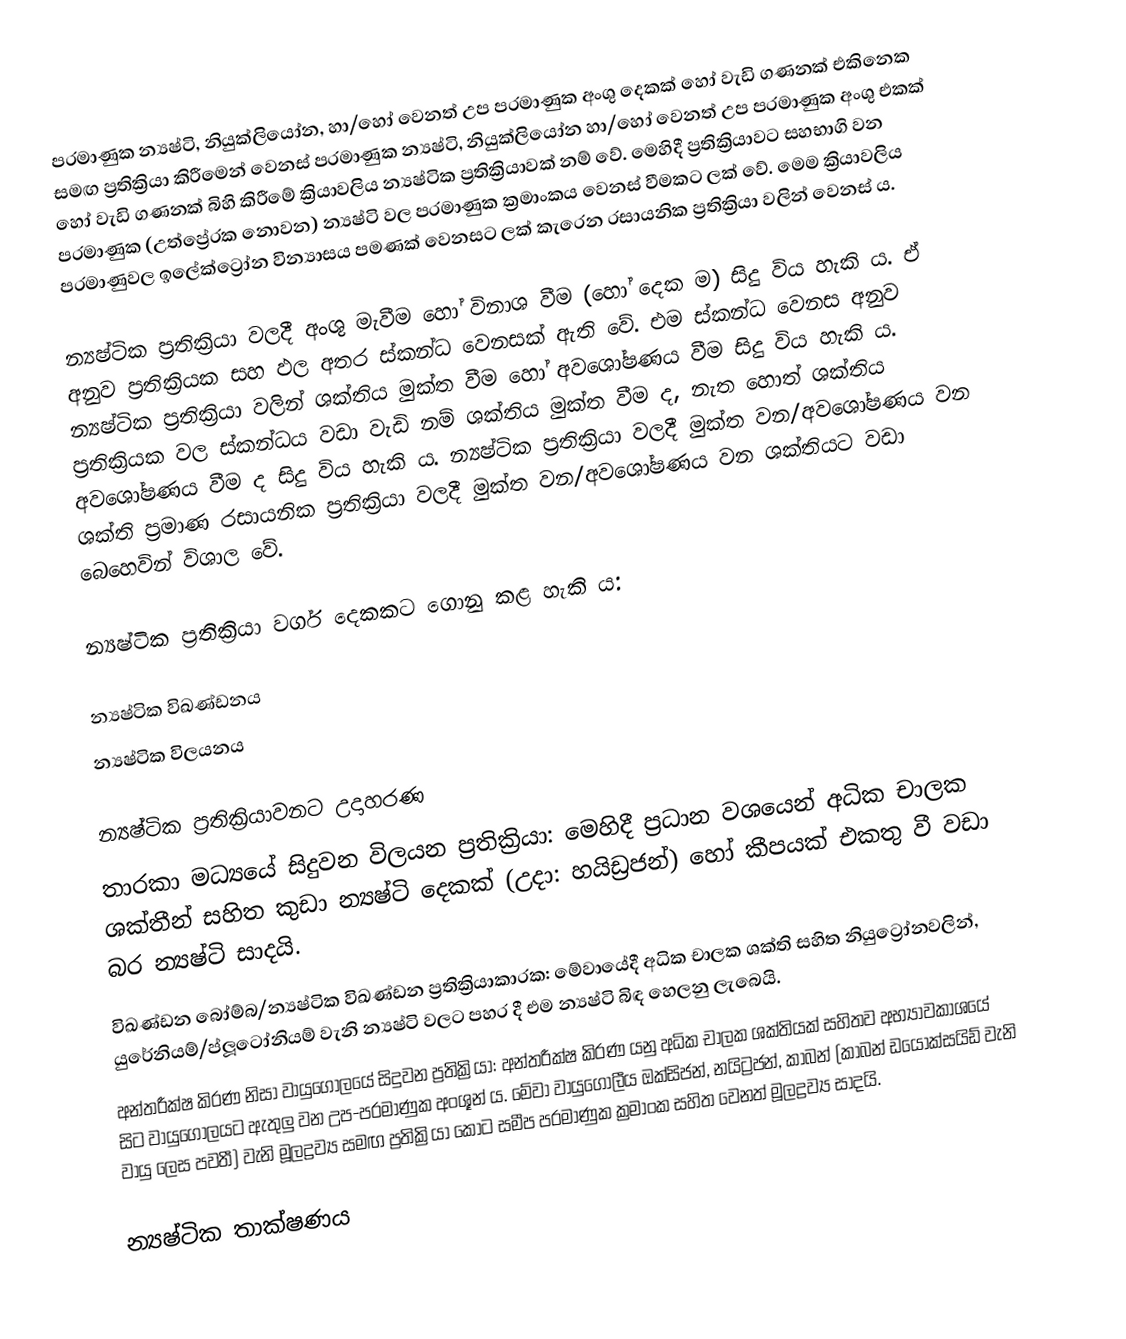
පරමාණුක න්‍යෂ්ටි, නියුක්ලියෝන, හා/හෝ වෙනත් උප පරමාණුක අංශු දෙකක් හෝ වැඩි ගණනක් එකිනෙක සමඟ ප්‍රතික්‍රියා කිරීමෙන් වෙනස් පරමාණුක න්‍යෂ්ටි, නියුක්ලියෝන හා/හෝ වෙනත් උප පරමාණුක අංශු එකක් හෝ වැඩි ගණනක් බිහි කිරීමේ ක්‍රියාවලිය න්‍යෂ්ටික ප්‍රතික්‍රියාවක් නම් වේ. මෙහිදී ප්‍රතික්‍රියාවට සහභාගි වන පරමාණුක (උත්ප්‍රේරක නොවන) න්‍යෂ්ටි වල පරමාණුක ක්‍රමාංකය වෙනස් වීමකට ලක් වේ. මෙම ක්‍රියාවලිය පරමාණුවල ඉලේක්ට්‍රෝන වින්‍යාසය පමණක් වෙනසට ලක් කැරෙන රසායනික ප්‍රතික්‍රියා වලින් වෙනස් ය.

න්‍යෂ්ටික ප්‍රතික්‍රියා වලදී අංශු මැවීම හෝ විනාශ වීම (හෝ දෙක ම) සිදු විය හැකි ය. ඒ අනුව ප්‍රතික්‍රියක සහ ඵල අතර ස්කන්ධ වෙනසක් ඇති වේ. එම ස්කන්ධ වෙනස අනුව න්‍යෂ්ටික ප්‍රතික්‍රියා වලින් ශක්තිය මුක්ත වීම හෝ අවශෝෂණය වීම සිදු විය හැකි ය. ප්‍රතික්‍රියක වල ස්කන්ධය වඩා වැඩි නම් ශක්තිය මුක්ත වීම ද, නැත හොත් ශක්තිය අවශෝෂණය වීම ද සිදු විය හැකි ය. න්‍යෂ්ටික ප්‍රතික්‍රියා වලදී මුක්ත වන/අවශෝෂණය වන ශක්ති ප්‍රමාණ රසායනික ප්‍රතික්‍රියා වලදී මුක්ත වන/අවශෝෂණය වන ශක්තියට වඩා බෙහෙවින් විශාල වේ.

න්‍යෂ්ටික ප්‍රතික්‍රියා වර්ග දෙකකට ගොනු කළ හැකි ය:

 න්‍යෂ්ටික විඛණ්ඩනය
 න්‍යෂ්ටික විලයනය

න්‍යෂ්ටික ප්‍රතික්‍රියාවනට උදාහරණ
 තාරකා මධ්‍යයේ සිදුවන විලයන ප්‍රතික්‍රියා: මෙහිදී ප්‍රධාන වශයෙන් අධික චාලක ශක්තීන් සහිත කුඩා න්‍යෂ්ටි දෙකක් (උදා: හයිඩ්‍රජන්) හෝ කීපයක් එකතු වී වඩා බර න්‍යෂ්ටි සාදයි.
 විඛණ්ඩන බෝම්බ/න්‍යෂ්ටික විඛණ්ඩන ප්‍රතික්‍රියාකාරක: මේවායේදී අධික චාලක ශක්ති සහිත නියුට්‍රෝනවලින්, යුරේනියම්/ප්ලූටෝනියම් වැනි න්‍යෂ්ටි වලට පහර දී එම න්‍යෂ්ටි බිඳ හෙලනු ලැබෙයි.
 අන්තරීක්ෂ කිරණ නිසා වායුගෝලයේ සිදුවන ප්‍රතික්‍රියා: අන්තරීක්ෂ කිරණ යනු අධික චාලක ශක්තියක් සහිතව අභ්‍යාවකාශයේ සිට වා‍යුගෝලයට ඇතුලු වන උප-පරමාණුක අංශූන් ය. මේවා වායුගෝලීය ඔක්සිජන්, නයිට්‍රජන්, කාබන් (කාබන් ඩයොක්සයිඩ් වැනි වායු ලෙස පවතී) වැනි මූලද්‍රව්‍ය සමඟ ප්‍රතික්‍රියා කොට සමීප පරමාණුක ක්‍රමාංක සහිත වෙනත් මූලද්‍රව්‍ය සාදයි.

න්‍යෂ්ටික තාක්ෂණය